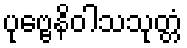
ပုဗ္ဗေနိဝါသသုတ္တံ